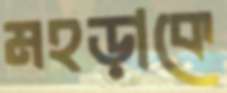
মহড়াকে